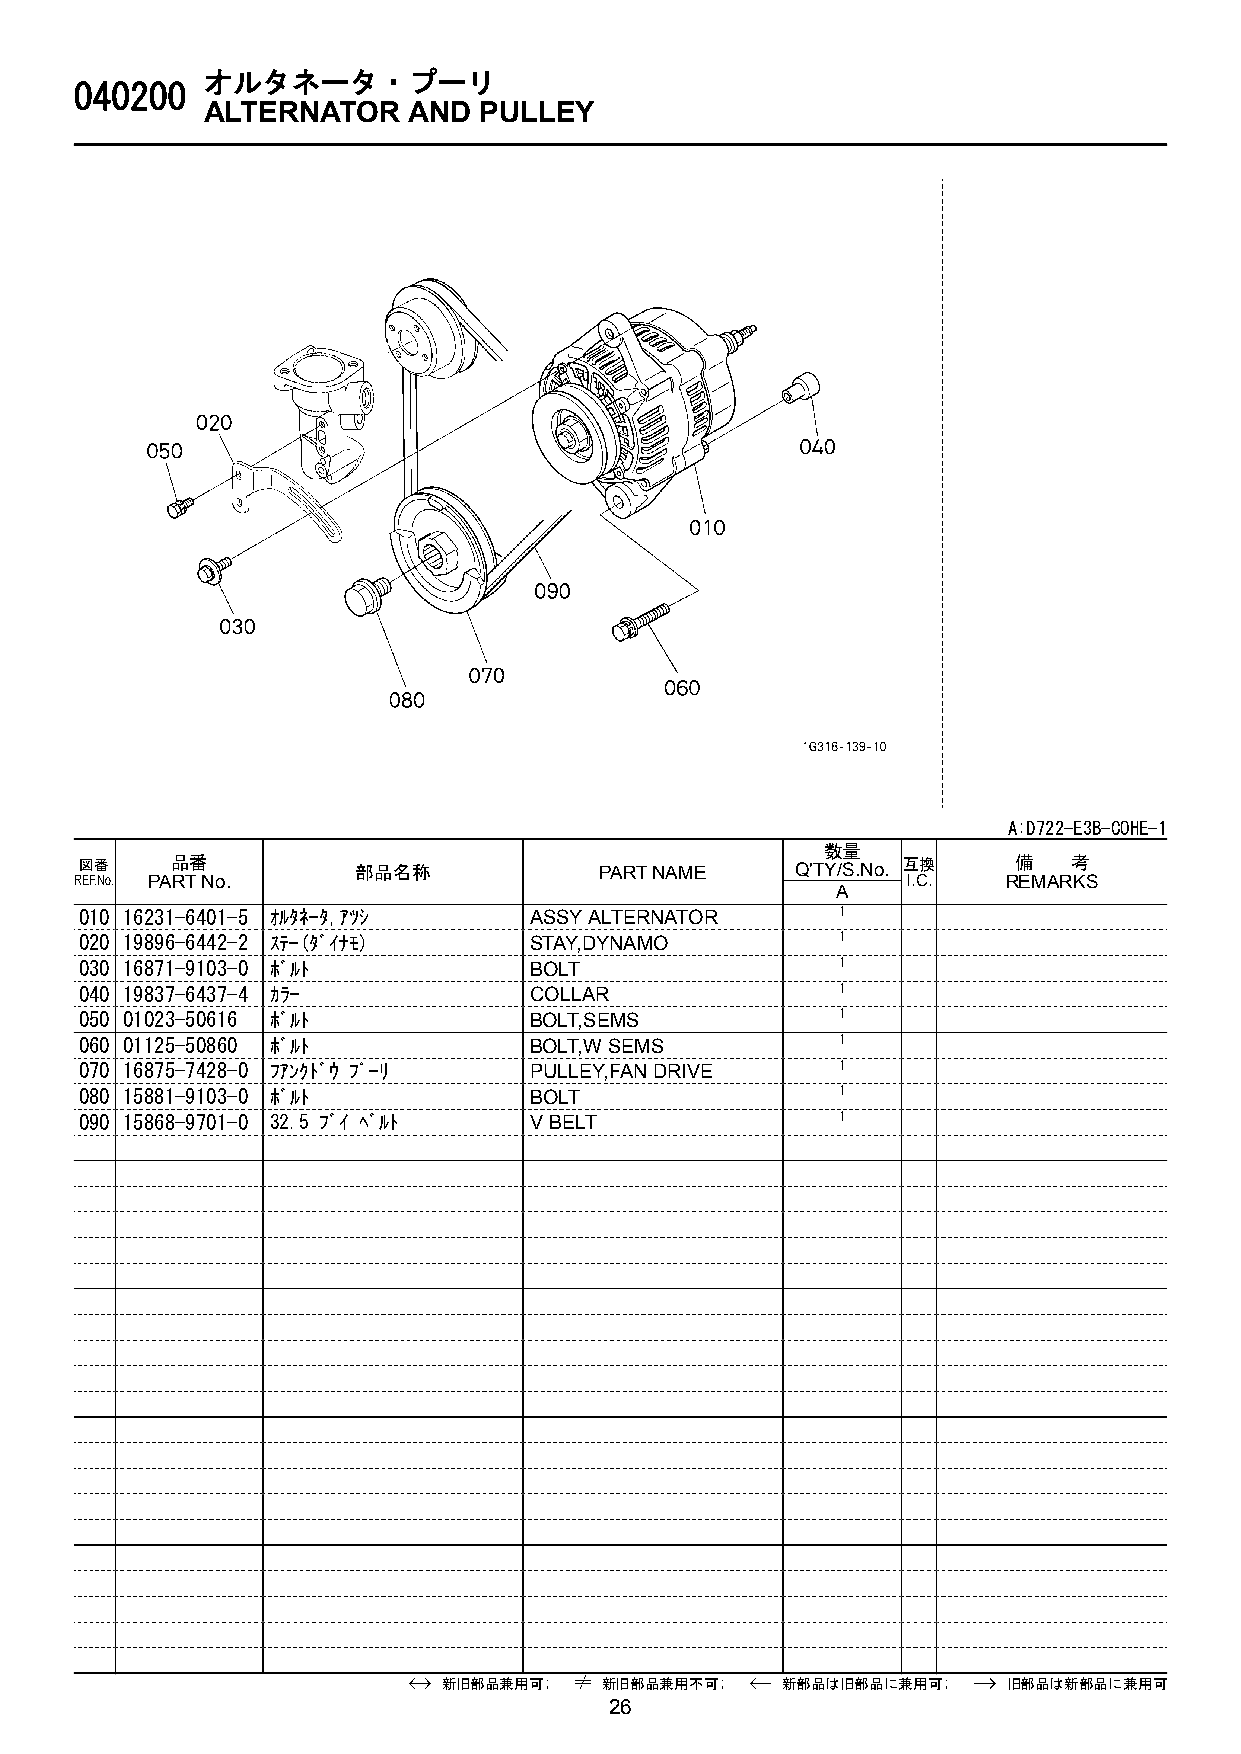
オルタネータ・プーリ
 040200
 ALTERNATOR    AND  PULLEY
 A:D722-E3B-COHE-1
 数量
 図番    品番           部品名称            PART NAME    Q'TY/S.No. 互換 備   考
 REF.No. PART No.                                       I.C.   REMARKS
 A
 010 16231-6401-5 ｵﾙﾀﾈ-ﾀ,ｱﾂｼ   ASSY ALTERNATOR      1
 020 19896-6442-2 ｽﾃ-(ﾀﾞｲﾅﾓ)   STAY,DYNAMO          1
 030 16871-9103-0 ﾎﾞﾙﾄ         BOLT                 1
 040 19837-6437-4 ｶﾗ-          COLLAR               1
 050 01023-50616 ﾎﾞﾙﾄ          BOLT,SEMS            1
 060 01125-50860 ﾎﾞﾙﾄ          BOLT,W SEMS          1
 070 16875-7428-0 ﾌｱﾝｸﾄﾞｳ ﾌﾟ-ﾘ PULLEY,FAN DRIVE     1
 080 15881-9103-0 ﾎﾞﾙﾄ         BOLT                 1
 090 15868-9701-0 32.5 ﾌﾞｲ ﾍﾞﾙﾄ V BELT              1
 新旧部品兼用可;   新旧部品兼用不可;   新部品は旧部品に兼用可;   旧部品は新部品に兼用可
 26